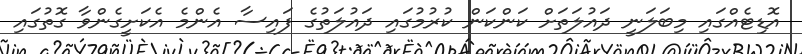
އޮޑިޓެއްގައި މިބަލަނީ ދައުލަތަށް ކަންކަން ކުރުމުގައި ދައުލަތުގެ ފައިސާ އެންމެ އެކަށީގެންވާ ގޮތުގައި